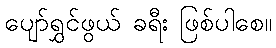
ပျော်ရွှင်ဖွယ် ခရီး ဖြစ်ပါစေ။